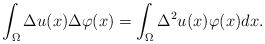
LaTeX: \begin{align*}\int_{\Omega}\Delta u(x) \Delta \varphi(x)=\int_{\Omega} \Delta^2 u(x) \varphi(x) dx.\end{align*}